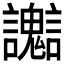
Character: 𧮊